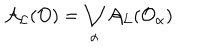
LaTeX: { \cal A } _ { \cal L } ( { \cal O } ) = \bigvee _ { \alpha } { \cal A } _ { \cal L } ( { \cal O } _ { \alpha } )